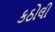
કઠોલી